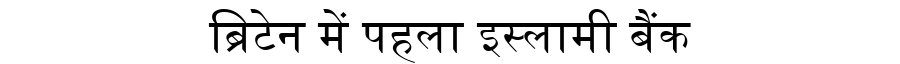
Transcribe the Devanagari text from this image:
ब्रिटेन में पहला इस्लामी बैंक